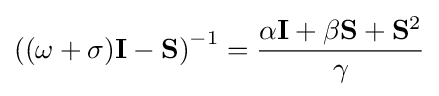
\left((\omega +\sigma )\mathbf {I} -\mathbf {S} \right)^{-1}={\frac {\alpha \mathbf {I} +\beta \mathbf {S} +\mathbf {S} ^{2}}{\gamma }}